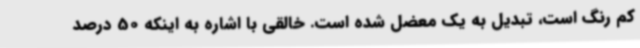
کم رنگ است، تبدیل به یک معضل شده است. خالقی با اشاره به اینکه 50 درصد